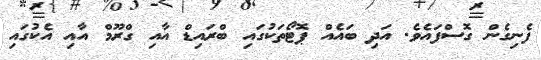
ފެނިގެން ގޮސްފައެވެ. އަދި ބައެއް ޕޮޓޯތަކުގައި ބްރައިޑް އާއި ގްރޫމް އާއި އެކުގައި